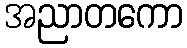
အညာတကော